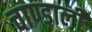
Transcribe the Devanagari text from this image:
चाण्डाली